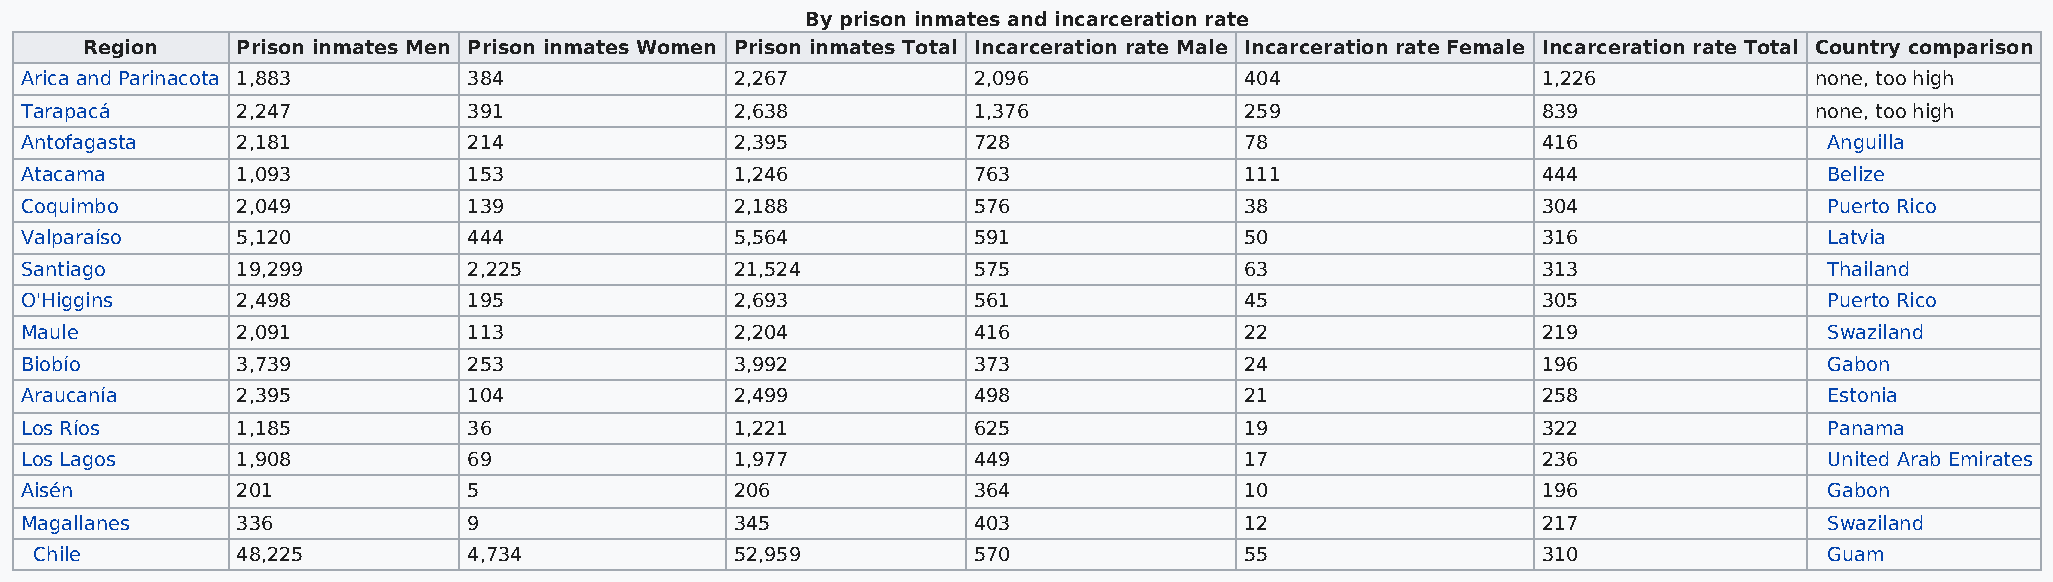
By prison inmates and incarceration rate
 Region     Prison inmates Men Prison inmates Women Prison inmates Total Incarceration rate Male Incarceration rate Female Incarceration rate Total Country comparison
 Arica and Parinacota 1,883    384               2,267          2,096             404                 1,226             none, too high
 Tarapacá       2,247          391               2,638          1,376             259                 839               none, too high
 Antofagasta    2,181          214               2,395          728               78                  416                Anguilla
 Atacama        1,093          153               1,246          763               111                 444                Belize
 Coquimbo       2,049          139               2,188          576               38                  304                Puerto Rico
 Valparaíso     5,120          444               5,564          591               50                  316                Latvia
 Santiago       19,299         2,225             21,524         575               63                  313                Thailand
 O'Higgins      2,498          195               2,693          561               45                  305                Puerto Rico
 Maule          2,091          113               2,204          416               22                  219                Swaziland
 Biobío         3,739          253               3,992          373               24                  196                Gabon
 Araucanía      2,395          104               2,499          498               21                  258                Estonia
 Los Ríos       1,185          36                1,221          625               19                  322                Panama
 Los Lagos      1,908          69                1,977          449               17                  236                United Arab Emirates
 Aisén          201            5                 206            364               10                  196                Gabon
 Magallanes     336            9                 345            403               12                  217                Swaziland
 Chile         48,225         4,734             52,959         570               55                  310                Guam